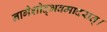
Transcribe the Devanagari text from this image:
नागेशोद्भवमादरात्‌।